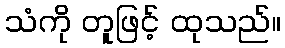
သံကို တူဖြင့် ထုသည်။